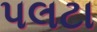
પલટા